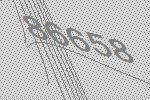
86658